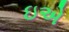
ઇએ